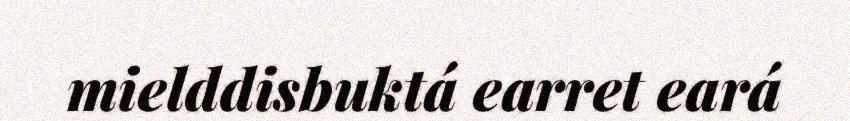
mielddisbuktá earret eará